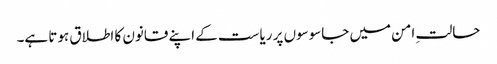
حالتِ امن میں جاسوسوں پر ریاست کے اپنے قانون کا اطلاق ہوتا ہے۔